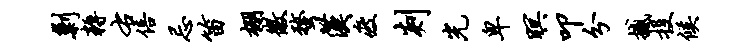
剿耨右倍忌笛棚徽蝥汉疲剡光卑暝叩分撼投候